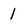
Character: 1